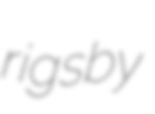
rigsby